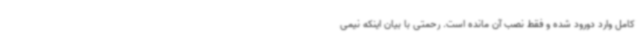
کامل وارد دورود شده و فقط نصب آن مانده است. رحمتی با بیان اینکه نیمی